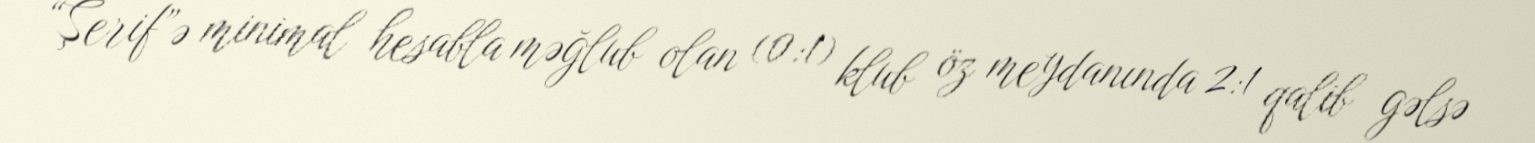
“Şerif”ə minimal hesabla məğlub olan (0:1) klub öz meydanında 2:1 qalib gəlsə